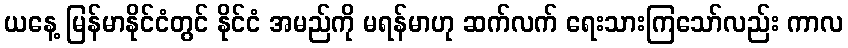
ယနေ့ မြန်မာနိုင်ငံတွင် နိုင်ငံ အမည်ကို မရန်မာဟု ဆက်လက် ရေးသားကြသော်လည်း ကာလ